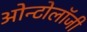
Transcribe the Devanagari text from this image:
ओन्टोलॉजी